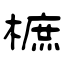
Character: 樜